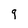
Character: g